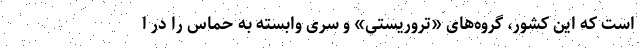
است که این کشور، گروه‌های «تروریستی» و سری وابسته به حماس را در ا